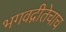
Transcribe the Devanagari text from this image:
भगवद्गीतेचाच